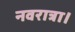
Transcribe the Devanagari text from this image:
नवरात्रा।